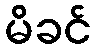
မိခင်